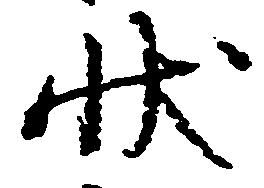
状